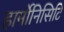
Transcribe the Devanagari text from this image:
हार्मोनिसिटि